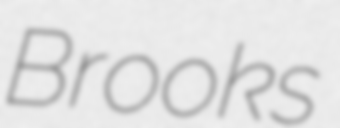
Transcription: Brooks